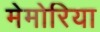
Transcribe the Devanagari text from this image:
मेमोरिया